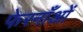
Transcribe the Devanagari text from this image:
फेरनाँओं